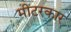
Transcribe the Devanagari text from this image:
मीटरकार